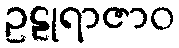
ဥဠုရာဇာဝ